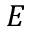
E